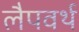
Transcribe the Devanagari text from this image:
लैपवर्थ